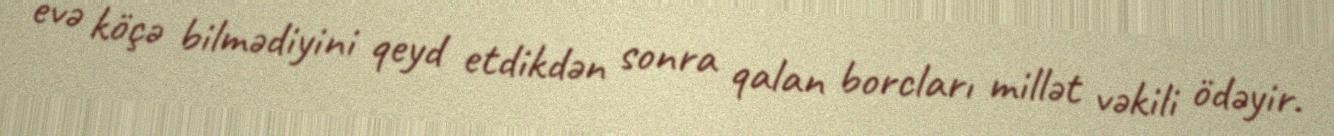
evə köçə bilmədiyini qeyd etdikdən sonra qalan borcları millət vəkili ödəyir.